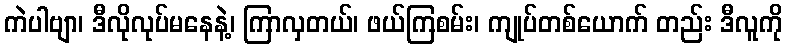
ကဲပါဗျာ၊ ဒီလိုလုပ်မနေနဲ့၊ ကြာလှတယ်၊ ဖယ်ကြစမ်း၊ ကျုပ်တစ်ယောက် တည်း ဒီလူကို